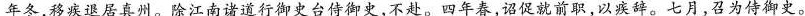
年冬，移疾退居真州。除江南诸道行御史台侍御史，不赴。四年春，诏促就前职，以疾辞。七月，召为侍御史。